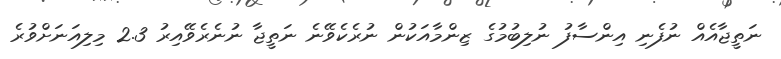
ނަތީޖާއެއް ނުފެނި އިންސާފު ނުލިބުމުގެ ޒިންމާއަކުން ނުރެކެވޭނެ ނަތީޖާ ނުނެރެވޭއިރު 2.3 މިލިއަނަށްވުރެ